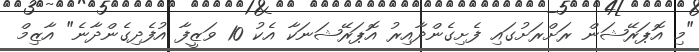
"މި އޮޕަރޭޝަން ރަށްރަށުގައި ފެށިގެންދާއިރު އޮޕަރޭޝަނަކާ އެކު 10 ވަޒީފާ އުފެދިގެންދާނެ" އާޒިމް